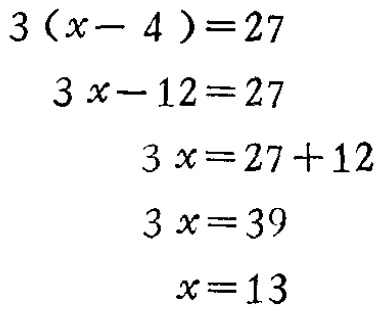
\[

\begin{align*}

3(x - 4)&=27\\

3x-12&=27\\

3x&=27 + 12\\

3x&=39\\

x&=13

\end{align*}

\]